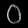
Digit: ၀